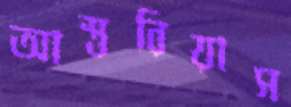
আস্তুরিয়াস